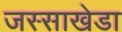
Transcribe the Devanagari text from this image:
जस्‍साखेडा